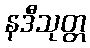
နဒီသုတ္တ